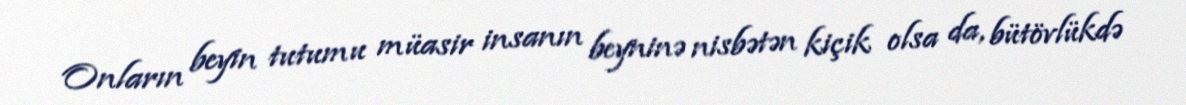
Onların beyin tutumu müasir insanın beyninə nisbətən kiçik olsa da, bütövlükdə